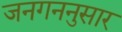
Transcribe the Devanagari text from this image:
जनगननुसार